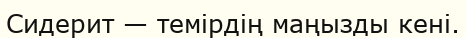
Сидерит — темірдің маңызды кені.